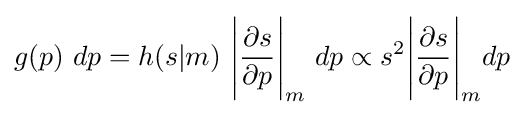
g(p)\ dp=h(s|m)\ {\Bigg |}{\dfrac {\partial s}{\partial p}}{\Bigg |}_{m}\ dp\propto s^{2}{\Bigg |}{\dfrac {\partial s}{\partial p}}{\Bigg |}_{m}dp